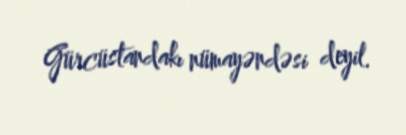
Gürcüstandakı nümayəndəsi deyil.